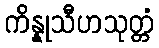
ကိန္နုသီဟသုတ္တံ